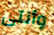
وأنتى